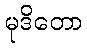
မုဒိတော